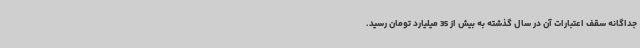
جداگانه سقف اعتبارات آن در سال گذشته به بیش از 35 میلیارد تومان رسید.